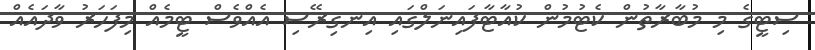
ސިޓީގެ މި މުބާރާތުން ކެޓުމުން ކުއާޓާފައިނަލްގައި އިނގިރޭސި އެއްވެސް ޓީމެއް މިފަހަރު ވާދައެއް